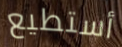
أستطيع